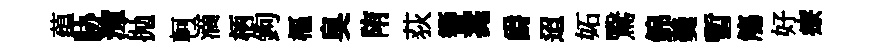
蕴胁渾抛軻滴柄鉤樞臭陏荻簮薧爵迢妬鷖錦羮暫觴好療